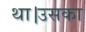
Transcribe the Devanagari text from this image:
था।उसका